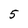
Character: 5